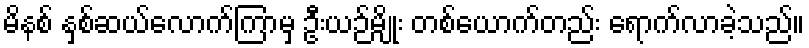
မိနစ် နှစ်ဆယ်လောက်ကြာမှ ဦးယဉ်မျိုး တစ်ယောက်တည်း ရောက်လာခဲ့သည်။